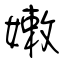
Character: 嫩